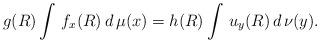
LaTeX: \begin{align*}g(R)\int\,f_{x}(R)\,d\,\mu(x)=h(R)\int\,u_{y}(R)\,d\,\nu(y).\end{align*}